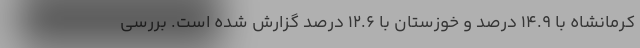
کرمانشاه با ۱۴.۹ درصد و خوزستان با ۱۲.۶ درصد گزارش شده است. بررسی